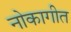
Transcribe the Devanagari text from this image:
नोकागीत